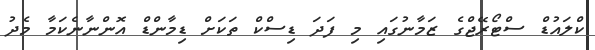
ކްލައުޑް ސްޓޯރޭޖްގެ ޒަމާނުގައި މި ފަދަ ޑިސްކް ތަކަށް ޑިމާންޑް އޮންނާނެކަމާ މެދު